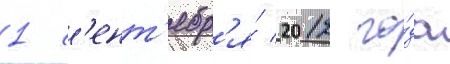
1 с'ент'ябр'я́ 2012 го́да